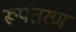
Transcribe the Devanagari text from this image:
रूपंतरण